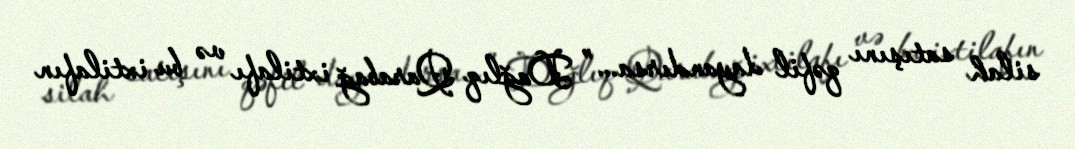
silah satışını qəfil dayandırsa...” Dağlıq Qarabağ ixtilafı və bu ixtilafın